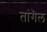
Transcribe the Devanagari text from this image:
तांगॆल